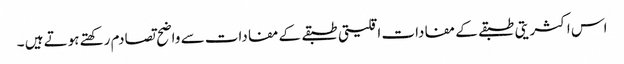
اس اکثریتی طبقے کے مفادات اقلیتی طبقے کے مفادات سے واضح تصادم رکھتے ہوتے ہیں ۔